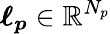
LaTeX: \boldsymbol{\ell_{p}}\in\mathbb{R}^{N_{p}}